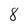
Character: 8